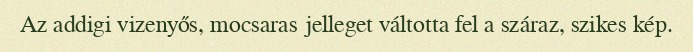
Az addigi vizenyős, mocsaras jelleget váltotta fel a száraz, szikes kép.